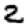
Digit: 2